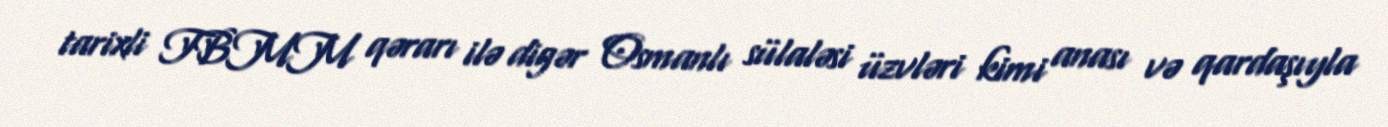
tarixli TBMM qərarı ilə digər Osmanlı sülaləsi üzvləri kimi anası və qardaşıyla